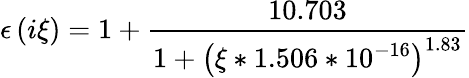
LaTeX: \epsilon\left(i\xi\right)=1+\frac{10.703}{1+\left(\xi*1.506*10^{-16}\right)^{1.83}}